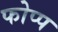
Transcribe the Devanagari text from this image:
फोप्प